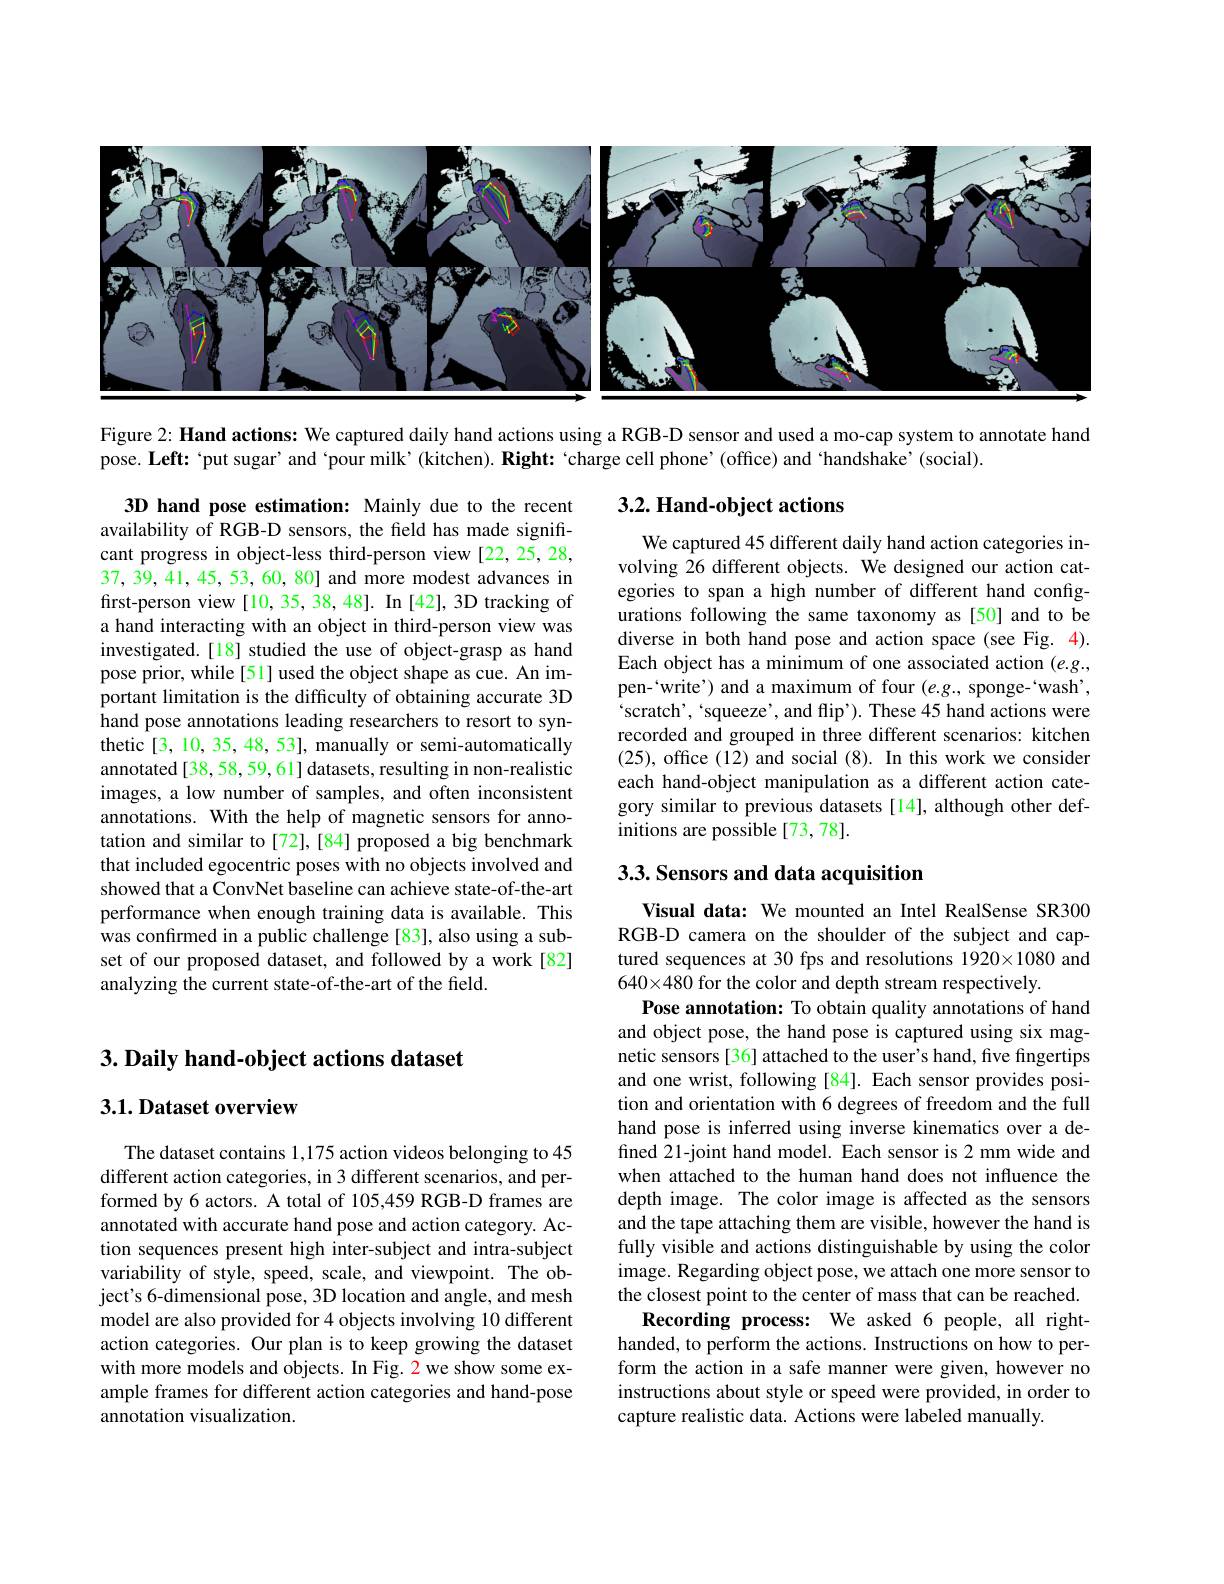
<FigureHere>

Figure 2: Hand actions: We captured daily hand actions using a RGB-D sensor and used a mo-cap system to annotate hand

pose. Left: `put sugar' and ‘pour milk’(kitchen). Right: ‘charge cell phone’(office) and ‘handshake’(social).

## $3. 2. \textbf{Hand- object actions}$

We captured 45 different daily hand action categories involving 26 different objects. We designed our action categories to span a high number of different hand configurations following the same taxonomy as[50] and to be diverse in both hand pose and action space (see Fig. 4). Each object has a minimum of one associated action $(e.g.$, pen-`write') and a maximum of four $(e.g.$, sponge-`wash', scratch', 'squeeze', and flip'). These 45 hand actions were recorded and grouped in three different scenarios: kitchen (25), office (12) and social (8). In this work we consider each hand-object manipulation as a different action category similar to previous datasets [14], although other definitions are possible [73,78].

3D hand pose estimation: Mainly due to the recent availability of RGB-D sensors, the field has made significant progress in object-less third-person view [22,25,28, 37, 39, 41, 45, 53, 60, 80] and more modest advances in first-person view [10,35,38,48]. In [42],3D tracking of a hand interacting with an object in third-person view was investigated.[18] studied the use of object-grasp as hand pose prior, while[51] used the object shape as cue. An important limitation is the difficulty of obtaining accurate 3D hand pose annotations leading researchers to resort to synthetic[3,10,35,48,53], manually or semi-automatically annotated [38, 58, 59, 61] datasets, resulting in non-realistic images, a low number of samples, and often inconsistent annotations. With the help of magnetic sensors for annotation and similar to[72],[84] proposed a big benchmark that included egocentric poses with no objects involved and showed that a ConvNet baseline can achieve state-of-the-art performance when enough training data is available. This was confirmed in a public challenge [83], also using a subset of our proposed dataset, and followed by a work[82] analyzing the current state-of-the-art of the field.

### 3.3. Sensors and data acquisition

## $3. \textbf{Daily hand- object actions dataset}$

### $3. 1. \textbf{Dataset overview}$

Visual data: We mounted an Intel RealSense SR300 RGB-D camera on the shoulder of the subject and captured sequences at 30 fps and resolutions 1920×1080 and $640\times480$ for the color and depth stream respectively.
Pose annotation: To obtain quality annotations of hand and object pose, the hand pose is captured using six magnetic sensors [36] attached to the user's hand, five fingertips and one wrist, following [84]. Each sensor provides position and orientation with 6 degrees of freedom and the full hand pose is inferred using inverse kinematics over a defined 21-joint hand model. Each sensor is 2 mm wide and when attached to the human hand does not influence the depth image. The color image is affected as the sensors and the tape attaching them are visible, however the hand is fully visible and actions distinguishable by using the color image. Regarding object pose, we attach one more sensor to the closest point to the center of mass that can be reached.
Recording process: We asked 6 people, all righthanded, to perform the actions. Instructions on how to perform the action in a safe manner were given, however no instructions about style or speed were provided, in order to capture realistic data. Actions were labeled manually

The dataset contains 1,175 action videos belonging to 45 different action categories, in 3 different scenarios, and performed by 6 actors. A total of 105,459 RGB-D frames are annotated with accurate hand pose and action category. Action sequences present high inter-subject and intra-subject variability of style, speed, scale, and viewpoint. The object's 6-dimensional pose, 3D location and angle, and mesh model are also provided for 4 objects involving 10 different action categories. Our plan is to keep growing the dataset with more models and objects. In Fig. 2 we show some example frames for different action categories and hand-pose annotation visualization.